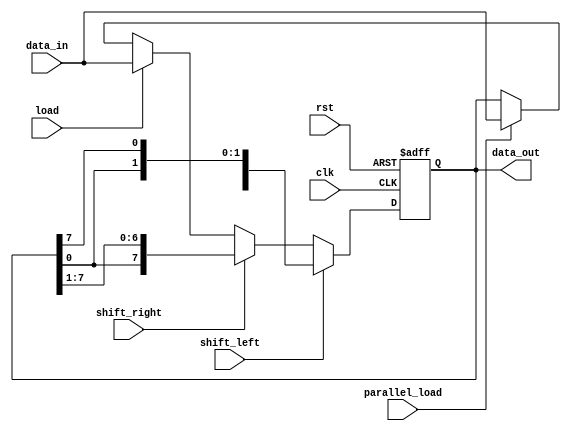
module Universal_Shift_Register (
    input wire clk,
    input wire rst,
    input wire shift_left,
    input wire shift_right,
    input wire load,
    input wire parallel_load,
    input wire [7:0] data_in,
    output wire [7:0] data_out
);

reg [7:0] register;

always @(posedge clk or posedge rst) begin
    if (rst) begin
        register <= 8'b0;
    end else begin
        if (shift_left) begin
            register <= {register[6:0], register[7]};
        end else if (shift_right) begin
            register <= {register[0], register[7:1]};
        end else if (load) begin
            register <= data_in;
        end else if (parallel_load) begin
            register <= data_in;
        end
    end
end

assign data_out = register;

endmodule